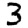
Digit: 3